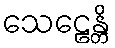
သေဠေန္တိ